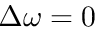
\Delta \omega = 0